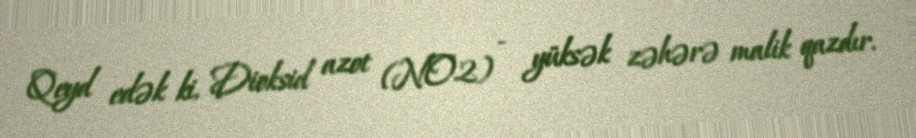
Qeyd edək ki, Dioksid azot (NO2) - yüksək zəhərə malik qazdır.